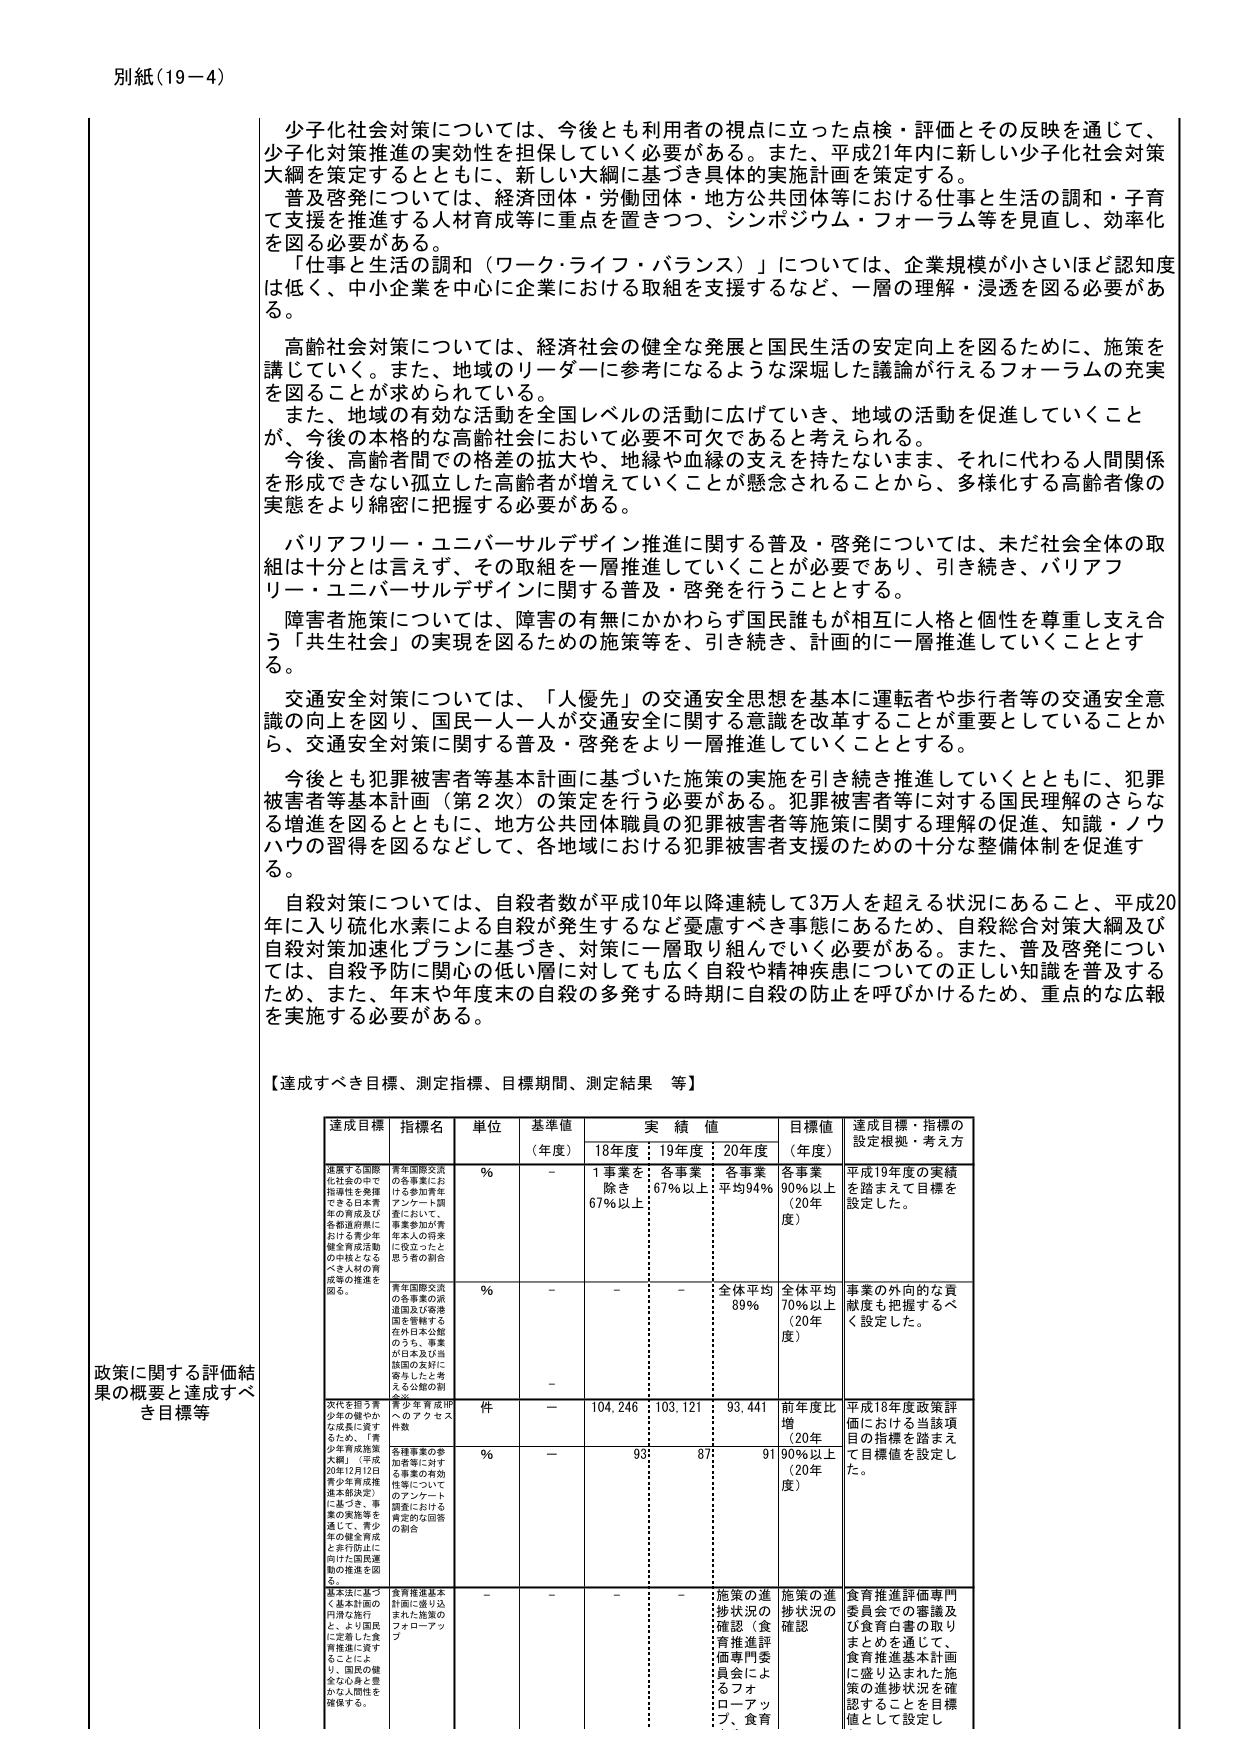
別紙（19－4）

少子化社会対策については、今後とも利用者の視点に立った点検・評価とその反映を通じて、少子化対策推進の実効性を担保していく必要がある。また、平成21年内に新しい少子化社会対策大綱を策定するとともに、新しい大綱に基づき具体的実施計画を策定する。

普及啓発については、経済団体・労働団体・地方公共団体等における仕事と生活の調和・子育てを支援を推進する人材育成等に重点を置きつつ、シンポジウム・フォーラム等を見直し、効率化を図る必要がある。

「仕事と生活の調和（ワーク・ライフ・バランス）」については、企業規模が小さいほど認知度は低く、中小企業を中心に企業における取組を支援するなど、一層の理解・浸透を図る必要がある。

高齢社会対策については、経済社会の健全な発展と国民生活の安定向上を図るために、施策を講じていく。また、地域のリーダーに参考になるような深掘した議論が行えるフォーラムの充実を図ることが求められている。

また、地域の有効な高齢社会全国レベルの活動に広げていき、地域の活動を促進していくことが、今後の本格的な高齢社会において必要不可欠であると考えられる。

今後、高齢者間での格差の拡大や、地縁や血縁の支えを持たないまま、それに代わる人間関係を形成できない孤立した高齢者が増えていくことが懸念されることから、多様化する高齢者像の実態をより綿密に把握する必要がある。

バリアフリー・ユニバーサルデザイン推進に関する普及・啓発については、未だ社会全体の取組は十分とは言えず、その取組を一層推進していくことが必要であり、引き続き、バリアフリー・ユニバーサルデザインに関する普及・啓発を行うこととする。

障害者施策については、障害の有無にかかわらず国民誰もが相互に人格と個性を尊重し支え合う「共生社会」の実現を図るための施策等を、引き続き、計画的に一層推進していくこととする。

交通安全対策については、「人優先」の交通安全思想を基本的に運転者や歩行者等の交通安全意識の向上を図り、国民一人一人が交通安全に関する意識を改革することが重要としていることから、交通安全対策に関する普及・啓発をより一層推進していくこととする。

今後とも犯罪被害者等基本計画に基づいた施策の実施を引き続き推進していくとともに、犯罪被害者等基本計画（第2次）の策定を行う必要がある。犯罪被害者等に対する国民理解のさらなる増進を図るとともに、地方公共団体職員の犯罪被害者等施策に関する理解の促進、知識・ノウハウの習得を図るなどして、各地域における犯罪被害者支援のための十分な整備体制を促進する。

自殺対策については、自殺者数が平成10年以降連続して3万人を超える状況にあること、平成20年に入り硫化水素による自殺が発生するなど憂慮すべき事態にあるため、自殺総合対策大綱及び自殺対策加速化プランに基づき、対策に一層取り組んでいく必要がある。また、普及啓発については、自殺予防に関心の低い層に対しても広く自殺や精神疾患についての正しい知識を普及するため、また、年末や年度末の自殺の多発する時期に自殺の防止を呼びかけるため、重点的な広報を実施する必要がある。

【達成すべき目標、測定指標、目標期間、測定結果 等】

政策に関する評価結果の概要と達成すべき目標等

| 達成目標 | 指標名 | 単位 | 基準値（年度） | 実績値 | 目標値（年度） | 達成目標・指標の設定根拠・考え方 |
|----------|--------|------|----------------|--------|----------------|------------------------------|
| 進展する国際化社会の中で指導性を発揮できる日本青年の育成及び各都道府県における青少年健全育成活動の中核となるべき人材の育成等の推進を図る。 | 青年国際交流の各事業における参加青年アンケート調査において、事業参加の青年本人の将来に役立ったと思う旨の割合 | % | - | 1事業を除き67%以上 | 各事業67%以上（平均94%） | 平成19年度の実績を踏まえて目標を設定した。 |
|  | 青年国際交流の各事業の派遣国及び受容国を理解する在外日本公館のうち、事業が日本及び生徒国の友好に寄与したと考える公館の割合 | % | - | - | 全体平均89% | 事業の外向的な貢献度も把握するべく設定した。 |
|  |  |  |  |  |  |  |
| 次代を担う青少年の健全な成長に資するため、「青少年育成施策大綱」（平成20年12月12日青少年育成推進本部決定）に基づき、事業の実施等を通じて、青少年の健全育成と非行防止に向けた国民運動の推進を図る。 | 青少年育成施策のアクティビティ件数 | 件 | - | 104,246 | 103,121 | 93,441 | 前年度比増（20年度） | 平成18年度政策評価における当該項目の指標を踏まえて目標値を設定した。 |
|  | 各種事業の参加者等に対する事業の有効性等についてのアンケート調査における肯定的な回答の割合 | % | - | 93 | 87 | 91 | 90%以上（20年度） |  |
|  |  |  |  |  |  |  |  |  |
| 基本法に基づく基本計画の円滑な施行と、より国民に定着した食育推進に資することにより、国民の健全な心身と豊かな人間性を確保する。 | 食育推進基本計画に盛り込まれた施策のフォローアップ | - | - | - | 施策の進捗状況の確認（食育推進評価専門委員会によるフォローアップ、食育 | 施策の進捗状況の確認 | 食育推進評価専門委員会での審議及び食育白書の取りまとめを通じて、食育推進基本計画に盛り込まれた施策の進捗状況を確認することを目標値として設定し |